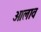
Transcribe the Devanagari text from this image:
आलाव